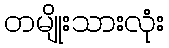
တမျိုးသားလုံး